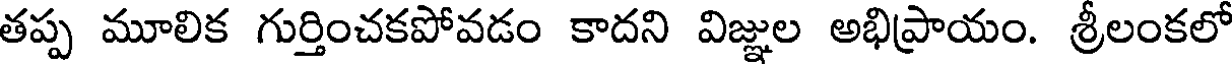
తప్ప మూలిక గుర్తించకపోవడం కాదని విజ్ఞుల అభిప్రాయం. శ్రీలంకలో